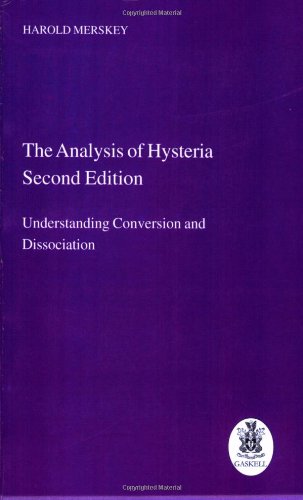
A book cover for The Analysis of Hysteria, 2nd Edition; Harold Merskey; Health, Fitness & Dieting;